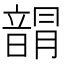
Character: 𩐯